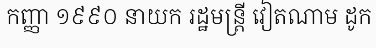
កញ្ញា ១៩៩០ នាយក រដ្ឋមន្ត្រី វៀតណាម ដូក